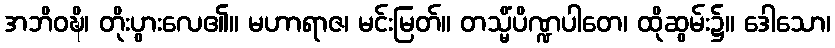
အဘိဝဍ္ဎိ၊ တိုးပွားလေ၏။ မဟာရာဇ၊ မင်းမြတ်။ တသ္မိံပိဏ္ဍပါတေ၊ ထိုဆွမ်း၌။ ဒေါသော၊